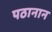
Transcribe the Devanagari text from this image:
पठानान